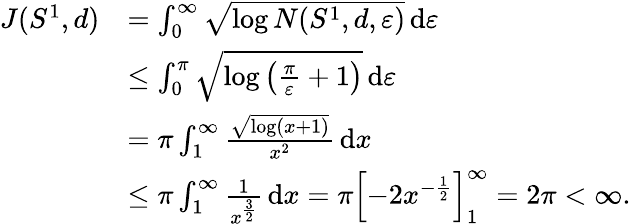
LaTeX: \begin{array}{rl}{J(S^{1},d)}&{=\int_{0}^{\infty}\sqrt{\log N(S^{1},d,\varepsilon)}\, \mathrm{d}\varepsilon}\\ &{\leq\int_{0}^{\pi}\sqrt{\log\left(\frac{\pi}{\varepsilon}+1\right)}\, \mathrm{d}\varepsilon}\\ &{=\pi\int_{1}^{\infty}\frac{\sqrt{\log\left(x+1\right)}}{x^{2}}\, \mathrm{d}x}\\ &{\leq\pi\int_{1}^{\infty}\frac{1}{x^{\frac{3}{2}}}\, \mathrm{d}x=\pi\left[-2x^{-\frac{1}{2}}\right]_{1}^{\infty}=2\pi<\infty.}\end{array}